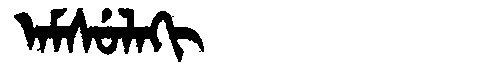
Manchu: ᠠᠮᠰᡠᠯᠠᡴᡳ
Romanization: AMSULAKI